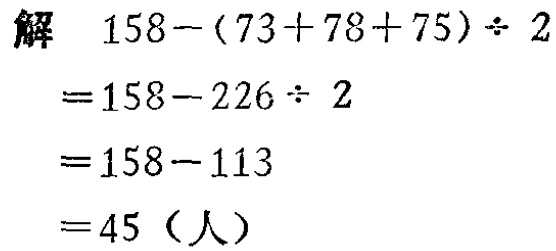
解
\[
\begin{align*}
&158 - (73 + 78 + 75)\div2\\
=&158 - 226\div2\\
=&158 - 113\\
=&45 \text{（人）}
\end{align*}
\]